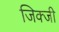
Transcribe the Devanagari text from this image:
जिक्जी